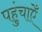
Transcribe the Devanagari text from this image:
पहुंचाऐँ